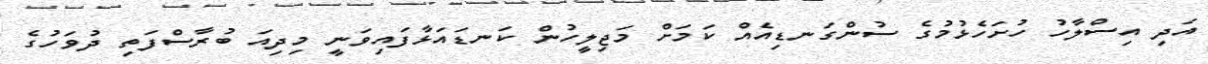
އަދި އިސްލާހު ހުށަހެޅުމުގެ ސުންގަނޑިއެއް ކަމަށް މަޖިލީހުން ކަނޑައަޅާފައިވަނީ މިދިއަ ބުރާސްފަތި ދުވަހުގެ